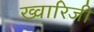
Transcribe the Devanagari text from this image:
ख्वारिजी